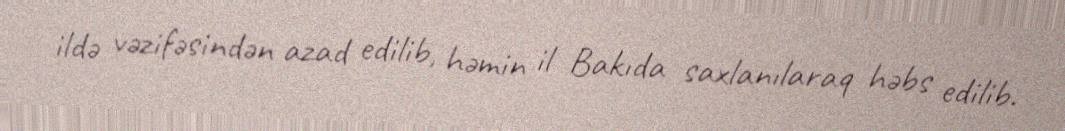
ildə vəzifəsindən azad edilib, həmin il Bakıda saxlanılaraq həbs edilib.